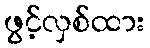
ဖွင့်လှစ်ထား